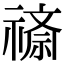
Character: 𬓖